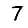
Digit: 7